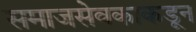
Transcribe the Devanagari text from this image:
समाजसेवकाकडून